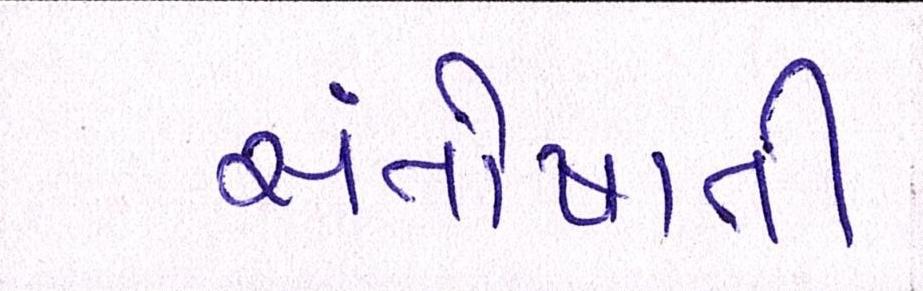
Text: સંતોષાતી